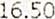
16.50